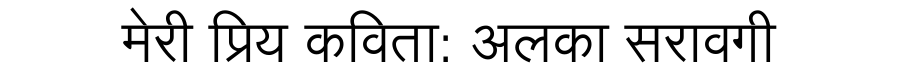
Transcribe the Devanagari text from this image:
मेरी प्रिय कविता: अलका सरावगी